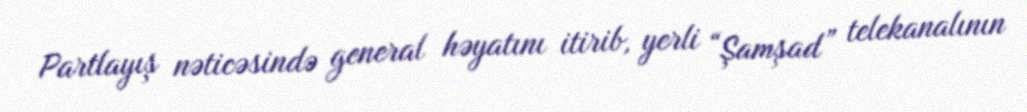
Partlayış nəticəsində general həyatını itirib, yerli “Şamşad” telekanalının